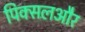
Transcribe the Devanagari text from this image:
पिक्सलऔर